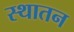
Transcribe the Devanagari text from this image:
स्थातन